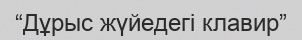
“Дұрыс жүйедегі клавир”